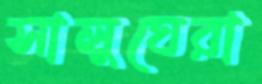
সালুঘেরা